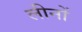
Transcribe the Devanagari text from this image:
लीनों